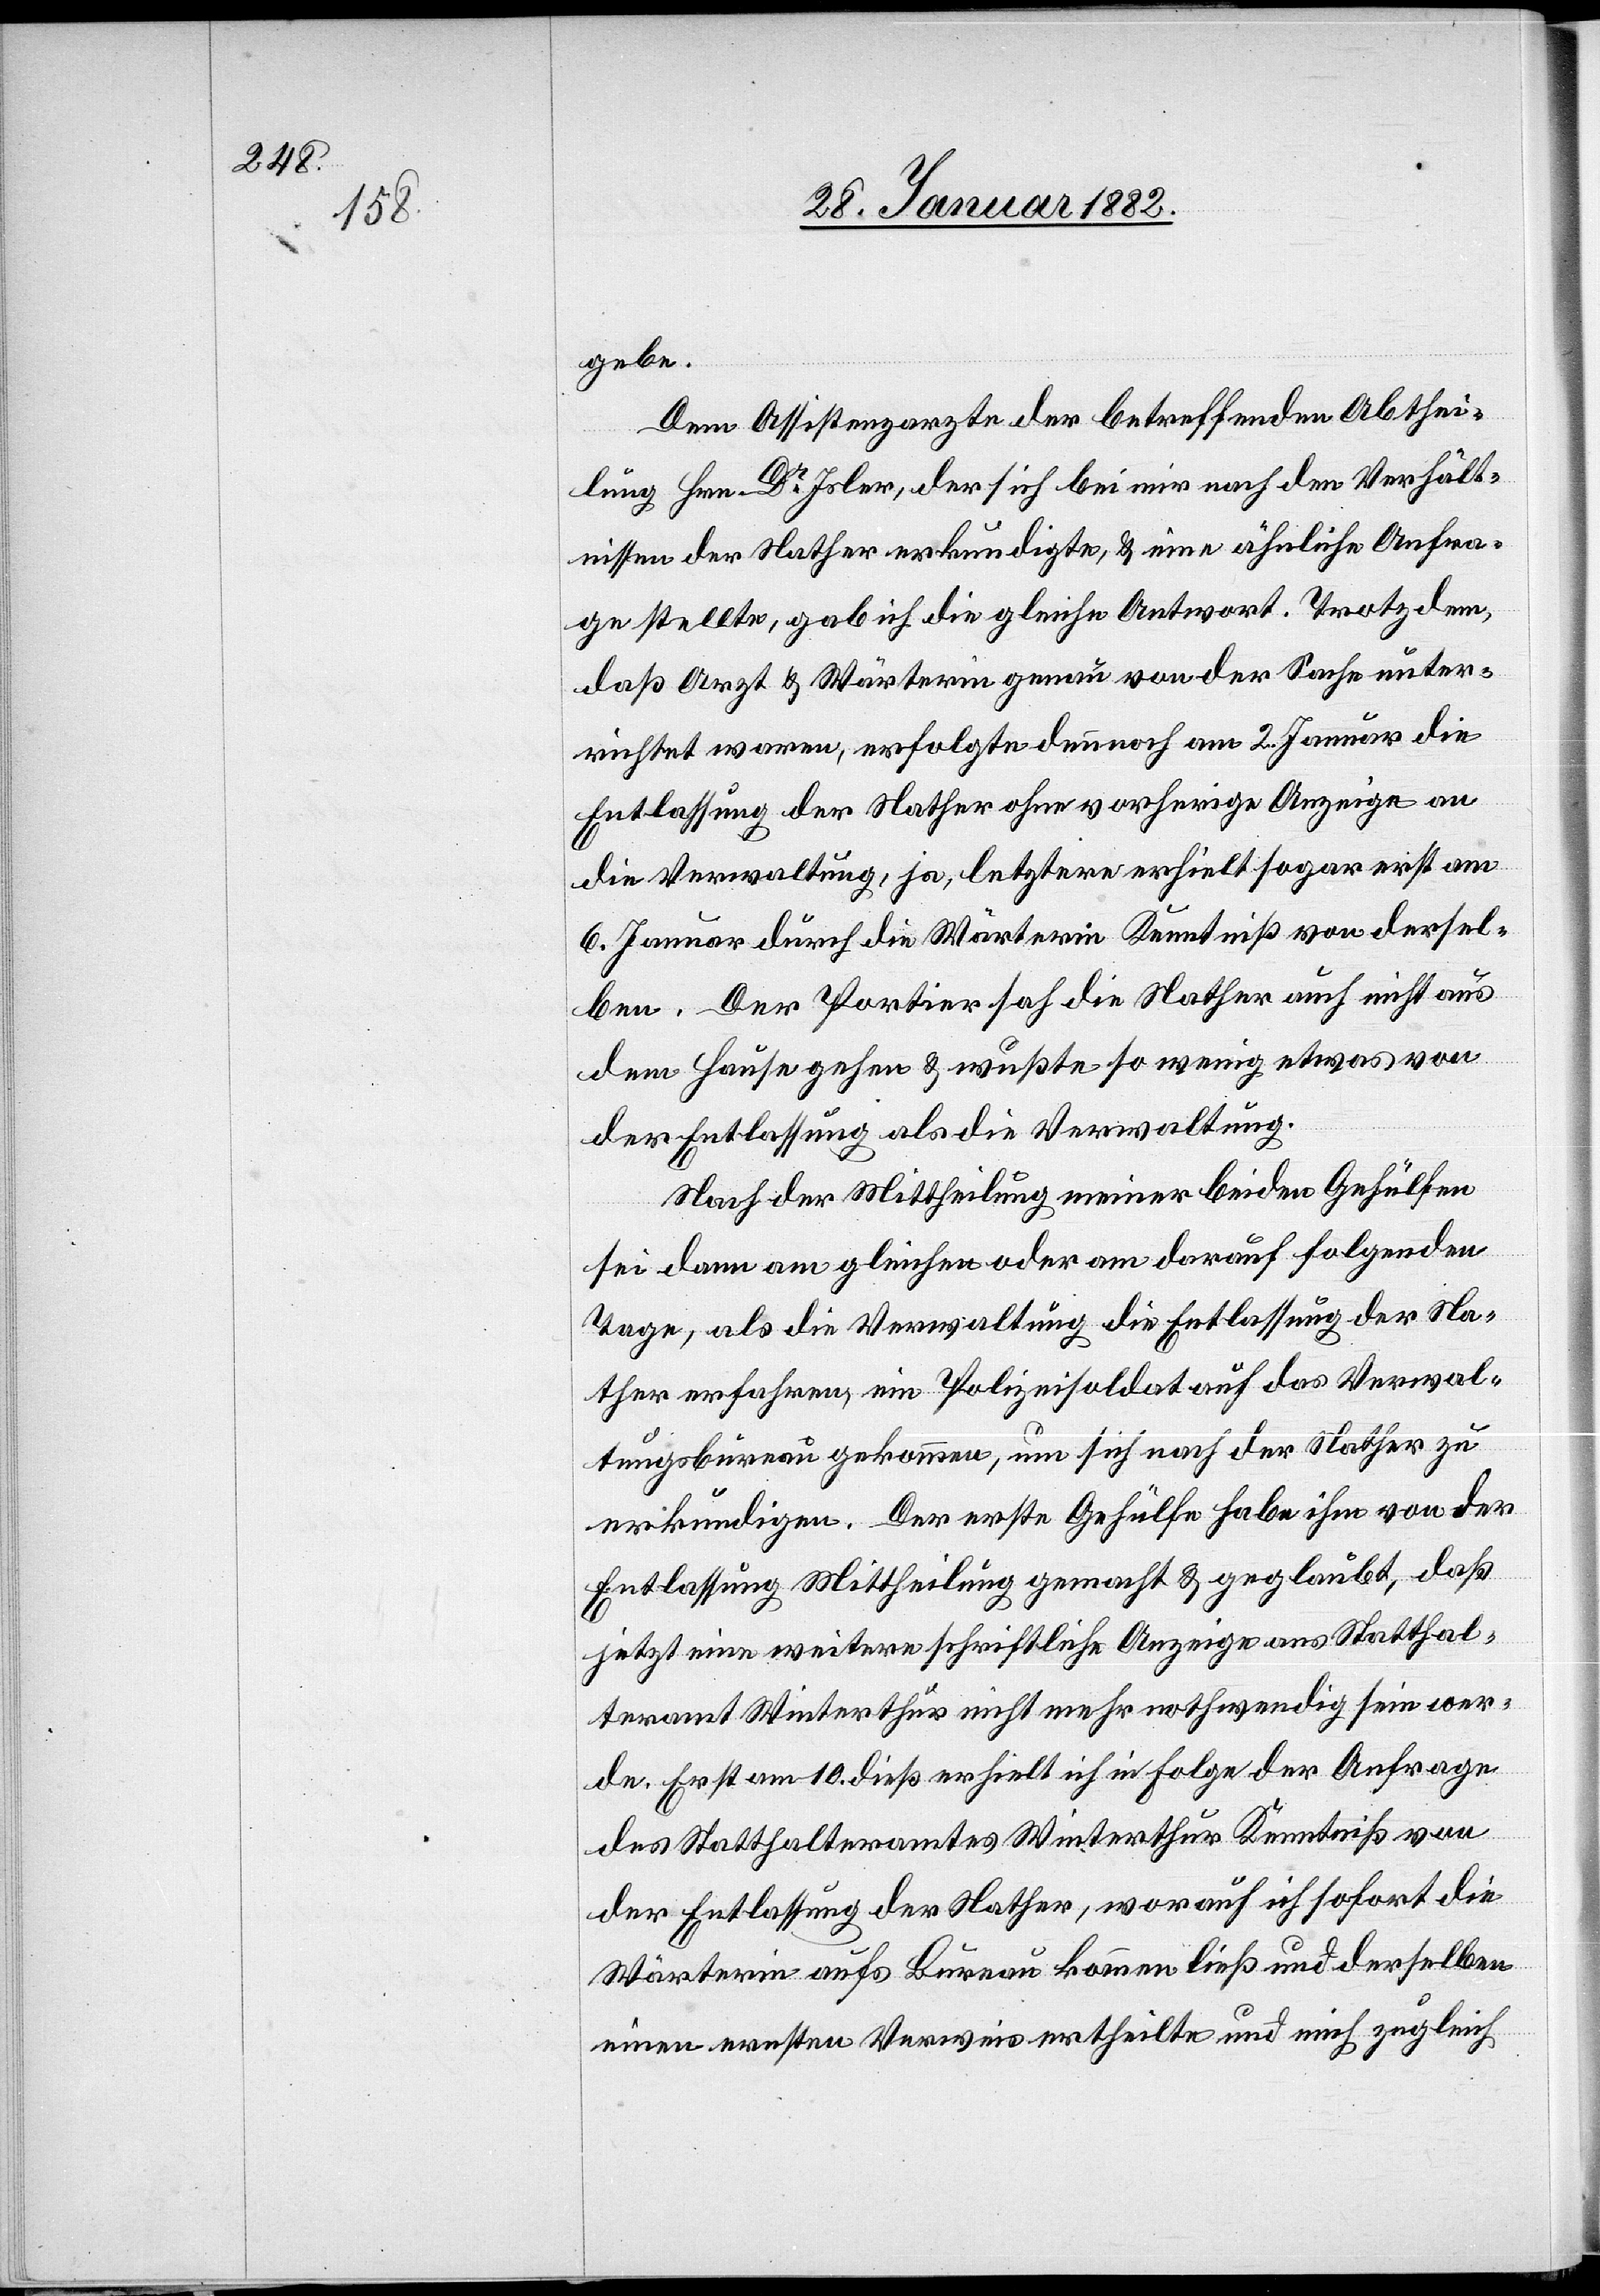
gebe.
Dem Assistenzarzte der betreffenden Abthei¬
lung Hrn. Dr Isler, der sich bei mir nach den Verhält¬
nissen der Nather erkundigte, & eine ähnliche Anfra¬
ge stellte, gab ich die gleiche Antwort. Trotzdem,
daß Arzt & Wärterin genau von der Sache unter¬
richtet waren, erfolgte dennoch am 2. Januar die
Entlassung der Nather ohne vorherige Anzeige an
die Verwaltung, ja, letztere erhielt sogar erst am
6. Januar durch die Wärterin Kenntniß von dersel¬
ben. Der Portier hat die Nather auch nicht aus
dem Hause gehen sehen & wußte so wenig etwas von
der Entlassung als die Verwaltung.
Nach der Mittheilung meiner beiden Gehülfen
sei dann am gleichen oder am darauf folgenden
Tage, als die Verwaltung die Entlassung der Na¬
ther erfahren, ein Polizeisoldat auf das Verwal¬
tungsbureau gekommen, um sich nach der Nather zu
erkundigen. Der erste Gehülfe habe ihm von der
Entlassung Mittheilung gemacht & geglaubt, daß
jetzt eine weitere schriftliche Anzeige ans Statthal¬
teramt Winterthur nicht mehr nothwendig sein wer¬
de. Erst am 10. dieß erhielt ich in Folge der Anfrage
des Statthalteramtes Winterthur Kenntniß von
der Entlassung der Nather, worauf ich sofort die
Wärterin aufs Bureau kommen ließ und derselben
einen ernsten Verweis ertheilte und mich zugleich